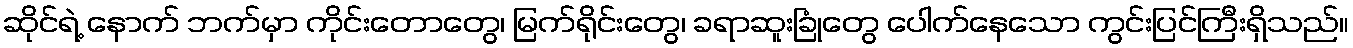
ဆိုင်ရဲ့ နောက် ဘက်မှာ ကိုင်းတောတွေ၊ မြက်ရိုင်းတွေ၊ ခရာဆူးခြုံတွေ ပေါက်နေသော ကွင်းပြင်ကြီးရှိသည်။